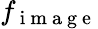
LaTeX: f_{\mathrm{~i~m~a~g~e~}}